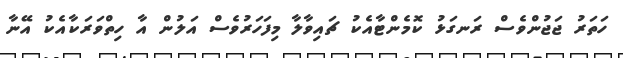
ހަތަރު ޖަޖުންވެސް ރަނގަޅު ކޮމެންޓާއެކު ޗައިވާލާ މިފަހަރުވެސް އަލުން އާ ހިތްވަރަކާއެކު އޭނާ